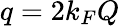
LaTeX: q=2k_{F}Q